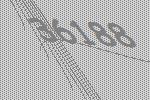
36188